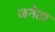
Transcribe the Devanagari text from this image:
जनेता